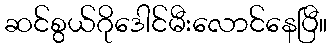
ဆင်စွယ်ဂိုဒေါင်မီးလောင်နေပြီ။